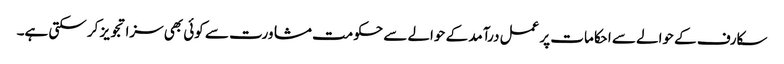
سکارف کے حوالے سے احکامات پر عمل درآمد کے حوالے سے حکومت مشاورت سے کوئی بھی سزا تجویز کر سکتی ہے۔